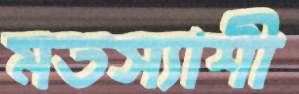
মতস্যাশী